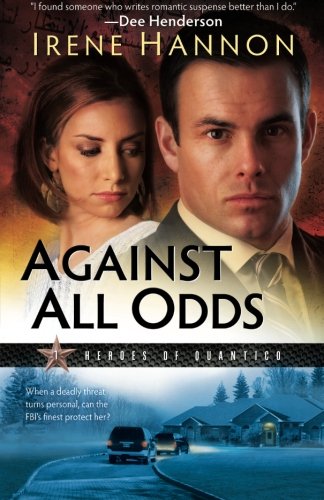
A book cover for Against All Odds (Heroes of Quantico Series, Book 1) (Volume 1); Irene Hannon; Romance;